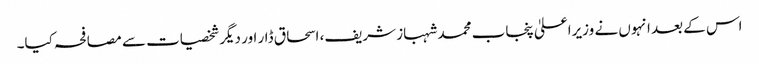
اس کے بعد انہوں نے وزیراعلیٰ پنجاب محمد شہباز شریف، اسحاق ڈار اور دیگر شخصیات سے مصافحہ کیا۔